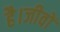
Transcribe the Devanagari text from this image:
है।जीवों